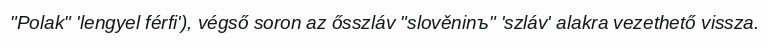
"Polak" 'lengyel férfi'), végső soron az ősszláv "slověninъ" 'szláv' alakra vezethető vissza.